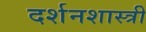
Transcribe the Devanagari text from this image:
दर्शनशास्‍त्री